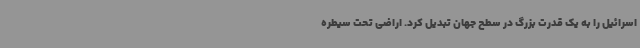
اسرائیل را به یک قدرت بزرگ در سطح جهان تبدیل کرد. اراضی تحت سیطره